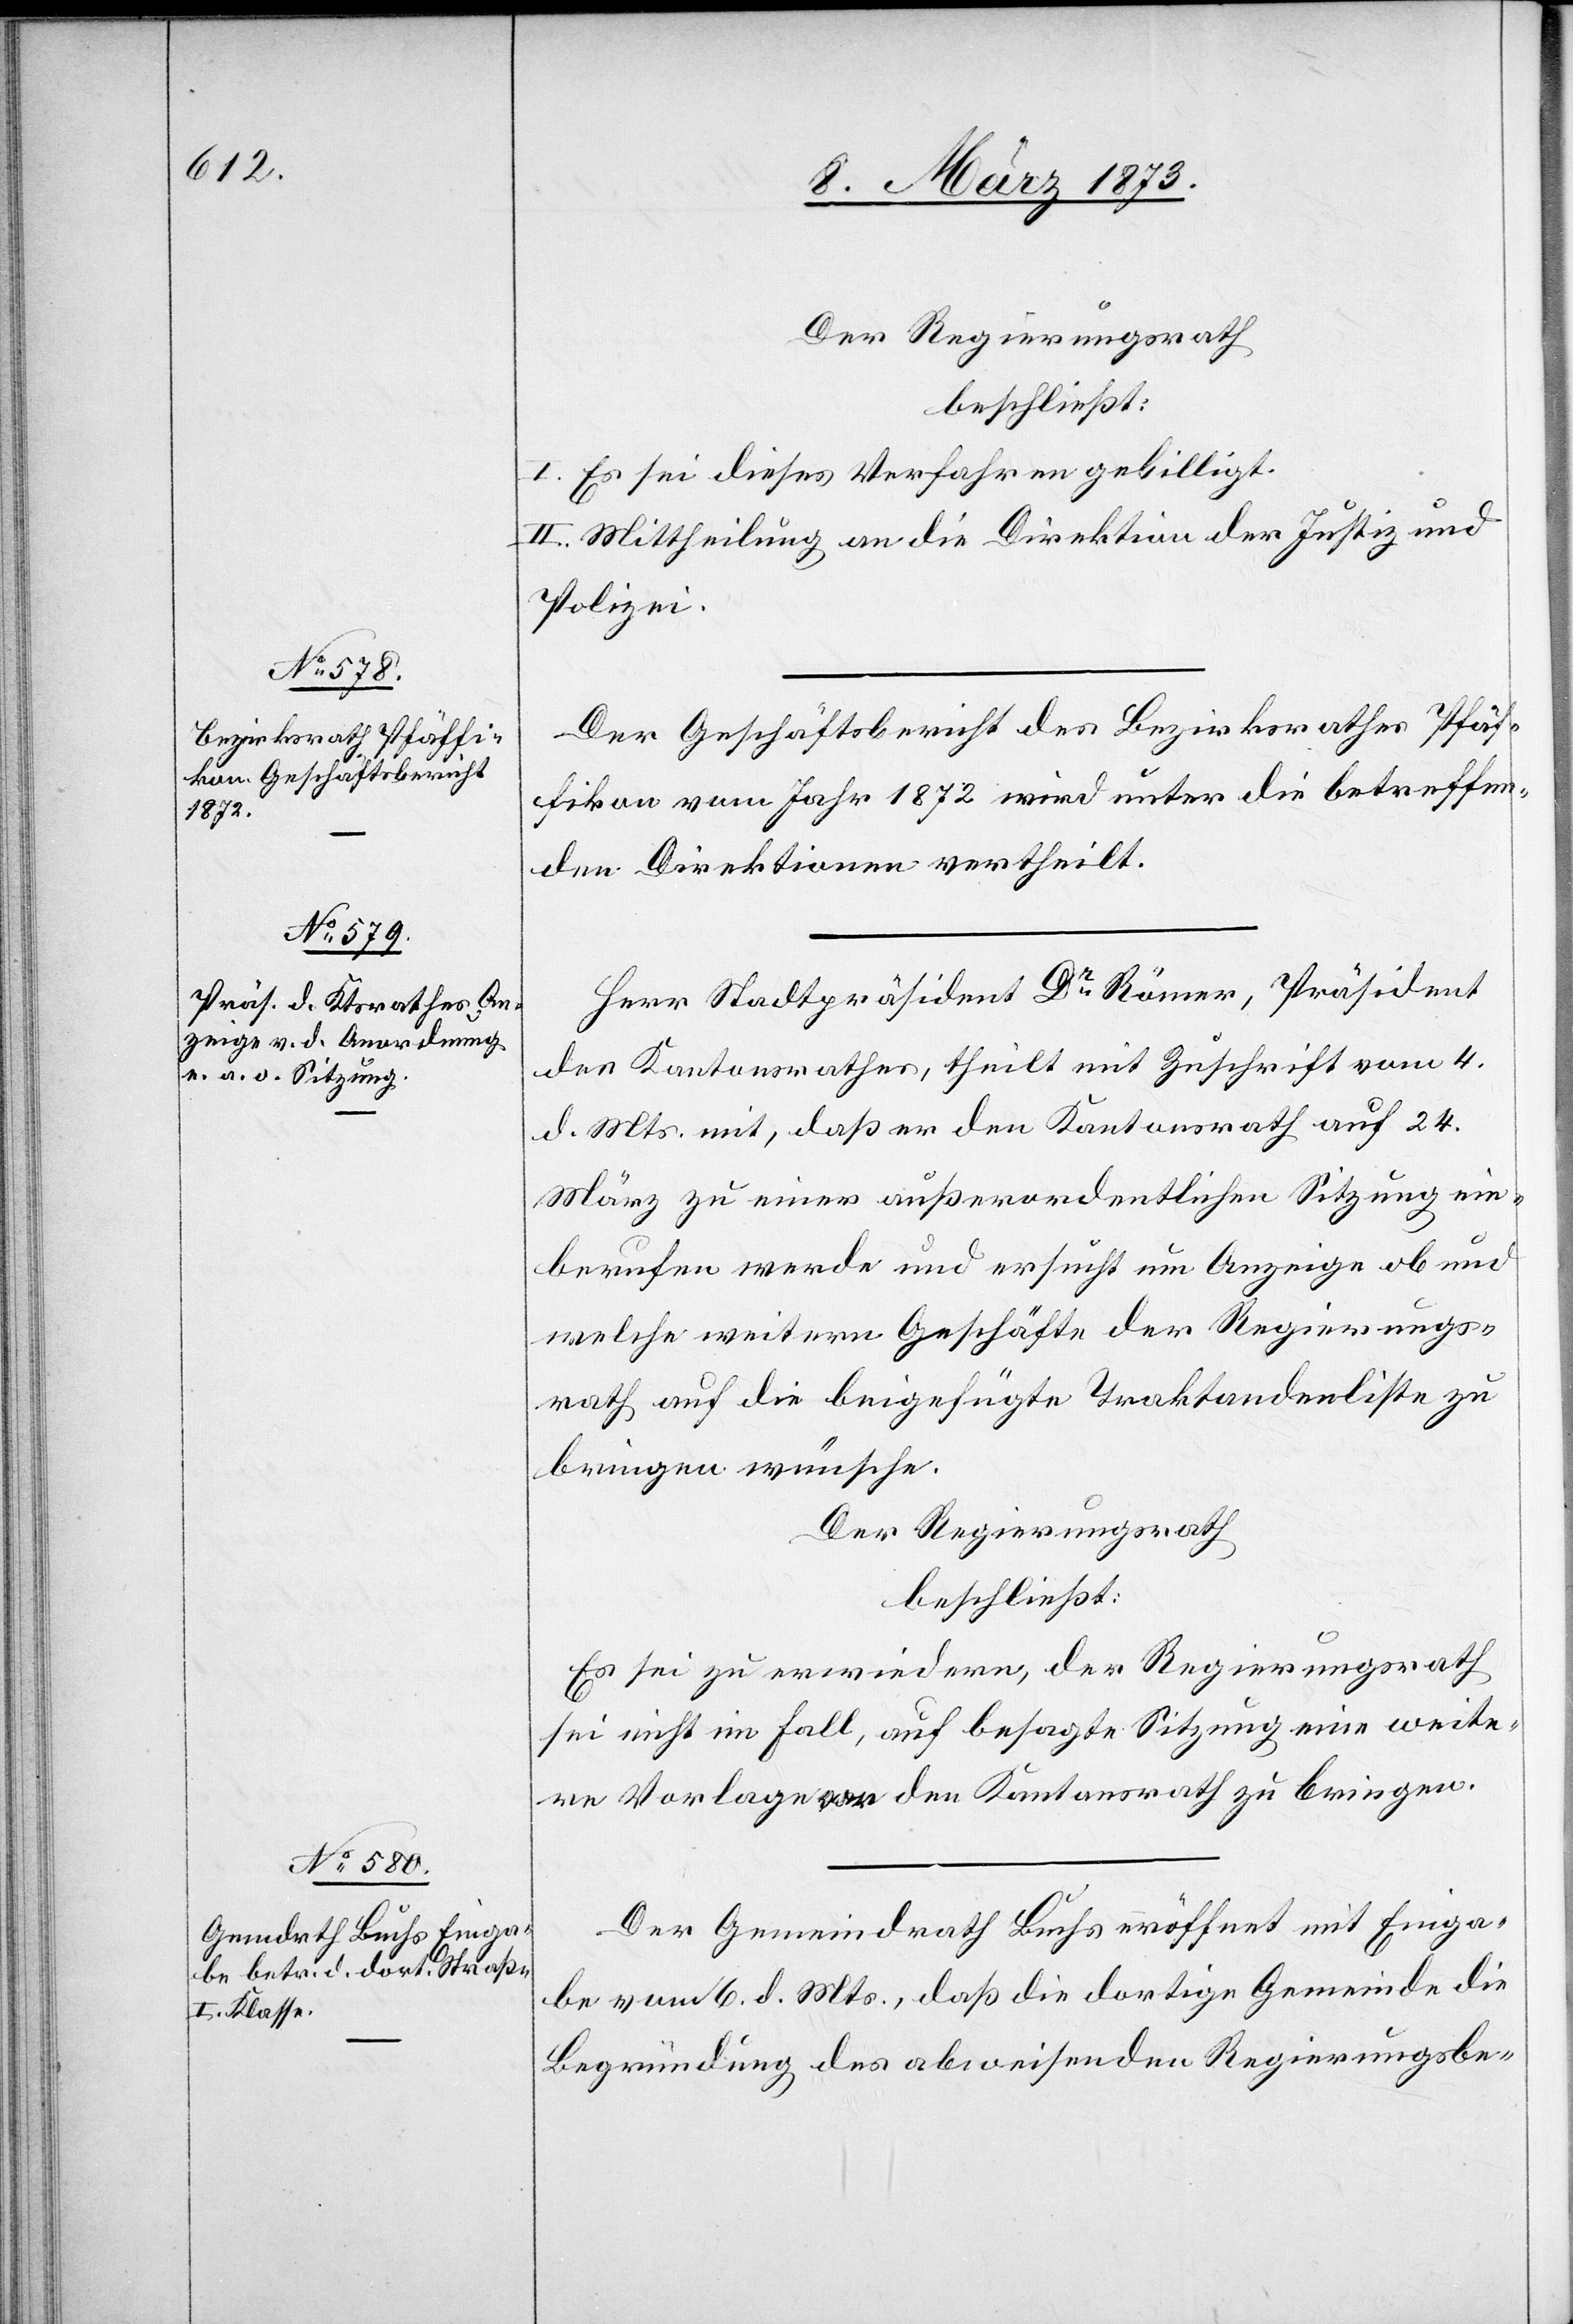
Der Regierungsrath
beschließt:
I. Es sei dieses Verfahren gebilligt.
II. Mittheilung an die Direktion der Justiz und
Polizei.
Der Geschäftsbericht des Bezirksrathes Pfäf¬
fikon vom Jahr 1872 wird unter die betreffen¬
den Direktionen vertheilt.
Herr Stadtpräsident Dr Römer, Präsident
des Kantonsrathes, theilt mit Zuschrift vom 4.
d. Mts. mit, daß er den Kantonsrath auf 24.
März zu einer außerordentlichen Sitzung ein¬
berufen werde und ersucht um Anzeige ob und
welche weitern Geschäfte der Regierungs¬
rath auf die beigefügte Traktandenliste zu
bringen wünsche.
Der Regierungsrath
beschließt:
Es sei zu erwiedern, der Regierungsrath
sei nicht im Fall, auf besagte Sitzung eine weite¬
re Vorlage vor den Kantonsrath zu bringen.
Der Gemeindrath Buchs eröffnet mit Einga¬
be vom 6. d. Mts., daß die dortige Gemeinde die
Begründung des abweichenden Regierungsbe-